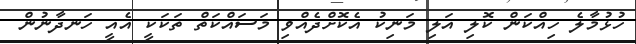
ހުޅުމާލެ ހިއްކަން ކޮލި އަލި މަނިކު އެކޮށްދެއްވި މަސައްކަތް ތަކަކީ އެއީ ހަނދާނުން